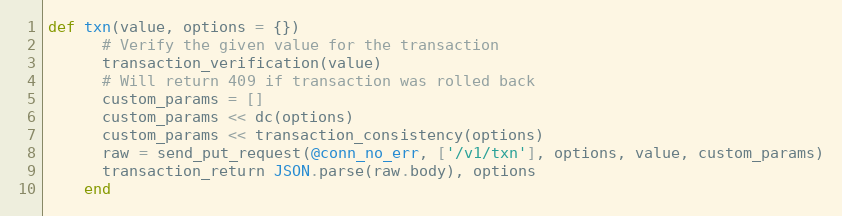
Language: Ruby
def txn(value, options = {})
      # Verify the given value for the transaction
      transaction_verification(value)
      # Will return 409 if transaction was rolled back
      custom_params = []
      custom_params << dc(options)
      custom_params << transaction_consistency(options)
      raw = send_put_request(@conn_no_err, ['/v1/txn'], options, value, custom_params)
      transaction_return JSON.parse(raw.body), options
    end